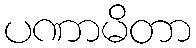
ပဏာမိတာ